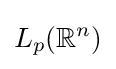
L_{p}(\mathbb {R} ^{n})